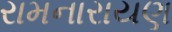
રામનારાયણ